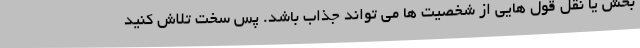
بخش یا نقل قول هایی از شخصیت ها می تواند جذاب باشد. پس سخت تلاش کنید